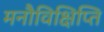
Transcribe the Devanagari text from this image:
मनौविक्षिप्ति